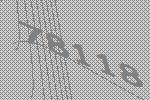
78118